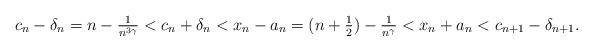
LaTeX: \begin{align*} c_n - \delta_n = n - \tfrac{1}{n^{3\gamma}} < c_n + \delta_n< x_n - a_n = (n+ \tfrac{1}{2}) - \tfrac{1}{n^{\gamma}} < x_n + a_n < c_{n+1} - \delta_{n+1}.\end{align*}